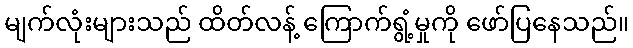
မျက်လုံးများသည် ထိတ်လန့် ကြောက်ရွံ့မှုကို ဖော်ပြနေသည်။